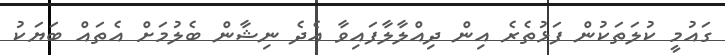
ގައުމީ ކުލަތަކުން ފަޅުތެރެ އިން ދިއްލާލާފައިވާ އެދެ ނިޝާން ބެލުމަށް އެތައް ބަޔަކު